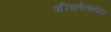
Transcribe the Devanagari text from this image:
परिवर्तनानंतर